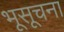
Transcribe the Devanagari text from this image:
भूसूचना